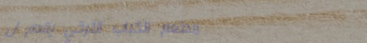
مطعم الكباب التركي يقدم ل